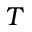
T